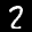
Label: 2